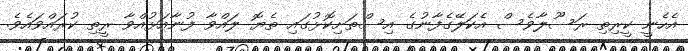
އެހެނީ ކީރިތި ރަސޫލާވެސް އެކަލޭގެފާނުގެ އިސްތަށިކޮޅުގައި ތެޔޮ ލައްވާ ފުނާއަޅުއްވާ ރީތި ކުރައްވައެވެ.